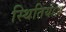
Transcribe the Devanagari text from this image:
स्थितियंा